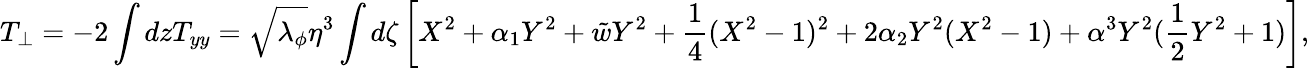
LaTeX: T_{\perp}=-2\int dzT_{yy}=\sqrt{\lambda_{\phi}}\eta^{3}\int d\zeta\left[X^{2}+\alpha_{1}Y^{2}+\tilde{w}Y^{2}+{\frac{1}{4}}(X^{2}-1)^{2}+2\alpha_{2}Y^{2}(X^{2}-1)+\alpha^{3}Y^{2}({\frac{1}{2}}Y^{2}+1)\right],